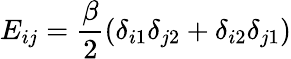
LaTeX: E_{ij}=\frac{\beta}{2}(\delta_{i1}\delta_{j2}+\delta_{i2}\delta_{j1})